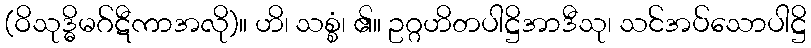
(ဝိသုဒ္ဓိမဂ်ဋီကာအလို)။ ဟိ၊ သစ္စံ၊ ၏။ ဥဂ္ဂဟိတပါဋ္ဌိအာဒီသု၊ သင်အပ်သောပါဋ္ဌိ